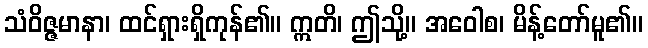
သံဝိဇ္ဇမာနာ၊ ထင်ရှားရှိကုန်၏။ ဣတိ၊ ဤသို့။ အဝေါစ၊ မိန့်တော်မူ၏။